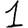
Digit: 1